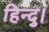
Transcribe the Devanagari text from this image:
हिन्दु।